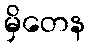
မှိတေန